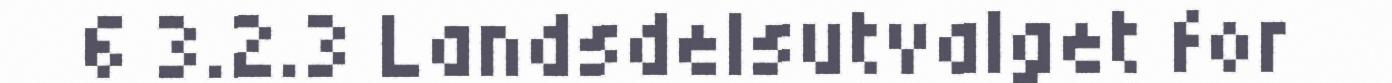
6 3.2.3 Landsdelsutvalget for